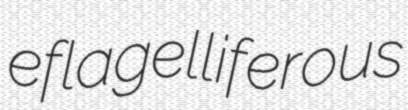
eflagelliferous